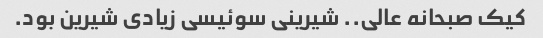
کیک صبحانه عالی.. شیرینی سوئیسی زیادی شیرین بود.